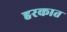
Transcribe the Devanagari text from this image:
हरकात